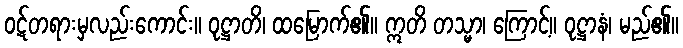
ဝဋ်တရားမှလည်းကောင်း။ ဝုဋ္ဌာတိ၊ ထမြောက်၏။ ဣတိ တသ္မာ၊ ကြောင့်။ ဝုဋ္ဌာနံ၊ မည်၏။